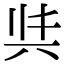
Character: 𭁈